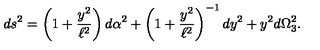
d s ^ { 2 } = \left( 1 + \frac { y ^ { 2 } } { \ell ^ { 2 } } \right) d \alpha ^ { 2 } + \left( 1 + \frac { y ^ { 2 } } { \ell ^ { 2 } } \right) ^ { - 1 } d y ^ { 2 } + y ^ { 2 } d \Omega _ { 3 } ^ { 2 } .